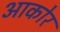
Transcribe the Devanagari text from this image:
आकोर